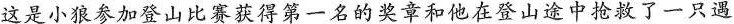
这是小狼参加登山比赛获得第一名的奖章和他在登山途中抢救了一只遇